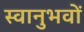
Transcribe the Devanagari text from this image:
स्वानुभवों